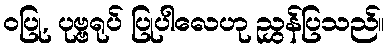
ဝပြု, ပုဗ္ဗရုပ် ပြုပါလေဟု ညွှန်ပြသည်။